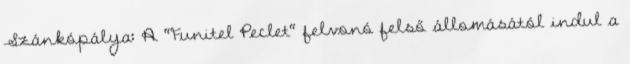
Szánkópálya: A "Funitel Peclet" felvonó felső állomásától indul a